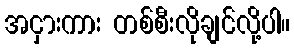
အငှားကား တစ်စီးလိုချင်လို့ပါ။